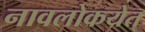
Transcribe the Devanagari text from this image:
नावलोकयेत्